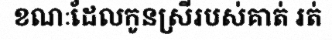
ខណៈដែលកូនស្រីរបស់គាត់ រត់